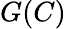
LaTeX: G(C)